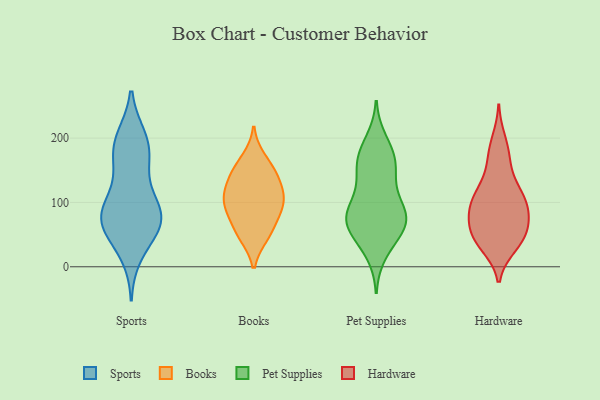
{"axis": {"x": "Budget (USD K)", "y": "Value"}, "legend": ["Books", "Hardware", "Pet Supplies", "Sports"], "data": [{"x": "", "y": 66, "type": "Sports"}, {"x": "", "y": 91, "type": "Sports"}, {"x": "", "y": 172, "type": "Sports"}, {"x": "", "y": 78, "type": "Sports"}, {"x": "", "y": 200, "type": "Sports"}, {"x": "", "y": 122, "type": "Sports"}, {"x": "", "y": 72, "type": "Sports"}, {"x": "", "y": 61, "type": "Sports"}, {"x": "", "y": 163, "type": "Sports"}, {"x": "", "y": 20, "type": "Sports"}, {"x": "", "y": 184, "type": "Sports"}, {"x": "", "y": 200, "type": "Sports"}, {"x": "", "y": 84, "type": "Sports"}, {"x": "", "y": 88, "type": "Sports"}, {"x": "", "y": 53, "type": "Sports"}, {"x": "", "y": 143, "type": "Books"}, {"x": "", "y": 113, "type": "Books"}, {"x": "", "y": 168, "type": "Books"}, {"x": "", "y": 68, "type": "Books"}, {"x": "", "y": 111, "type": "Books"}, {"x": "", "y": 48, "type": "Books"}, {"x": "", "y": 133, "type": "Books"}, {"x": "", "y": 97, "type": "Books"}, {"x": "", "y": 149, "type": "Books"}, {"x": "", "y": 90, "type": "Books"}, {"x": "", "y": 96, "type": "Books"}, {"x": "", "y": 50, "type": "Books"}, {"x": "", "y": 150, "type": "Pet Supplies"}, {"x": "", "y": 78, "type": "Pet Supplies"}, {"x": "", "y": 129, "type": "Pet Supplies"}, {"x": "", "y": 144, "type": "Pet Supplies"}, {"x": "", "y": 40, "type": "Pet Supplies"}, {"x": "", "y": 57, "type": "Pet Supplies"}, {"x": "", "y": 21, "type": "Pet Supplies"}, {"x": "", "y": 62, "type": "Pet Supplies"}, {"x": "", "y": 90, "type": "Pet Supplies"}, {"x": "", "y": 74, "type": "Pet Supplies"}, {"x": "", "y": 196, "type": "Pet Supplies"}, {"x": "", "y": 63, "type": "Pet Supplies"}, {"x": "", "y": 94, "type": "Pet Supplies"}, {"x": "", "y": 172, "type": "Pet Supplies"}, {"x": "", "y": 76, "type": "Pet Supplies"}, {"x": "", "y": 169, "type": "Pet Supplies"}, {"x": "", "y": 88, "type": "Pet Supplies"}, {"x": "", "y": 173, "type": "Pet Supplies"}, {"x": "", "y": 45, "type": "Hardware"}, {"x": "", "y": 109, "type": "Hardware"}, {"x": "", "y": 196, "type": "Hardware"}, {"x": "", "y": 123, "type": "Hardware"}, {"x": "", "y": 172, "type": "Hardware"}, {"x": "", "y": 61, "type": "Hardware"}, {"x": "", "y": 46, "type": "Hardware"}, {"x": "", "y": 103, "type": "Hardware"}, {"x": "", "y": 78, "type": "Hardware"}, {"x": "", "y": 36, "type": "Hardware"}, {"x": "", "y": 42, "type": "Hardware"}, {"x": "", "y": 95, "type": "Hardware"}, {"x": "", "y": 141, "type": "Hardware"}, {"x": "", "y": 174, "type": "Hardware"}, {"x": "", "y": 107, "type": "Hardware"}, {"x": "", "y": 78, "type": "Hardware"}, {"x": "", "y": 100, "type": "Hardware"}, {"x": "", "y": 54, "type": "Hardware"}, {"x": "", "y": 33, "type": "Hardware"}, {"x": "", "y": 81, "type": "Hardware"}]}